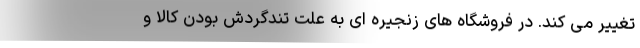
تغییر می کند. در فروشگاه های زنجیره ای به علت تندگردش بودن کالا و